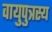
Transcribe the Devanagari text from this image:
वायुपुत्रस्य